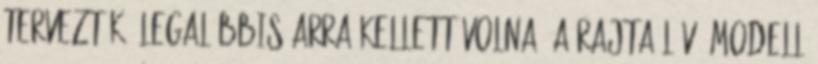
tervezték, legalábbis arra kellett volna. A rajta lévő modell